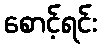
စောင့်ရင်း